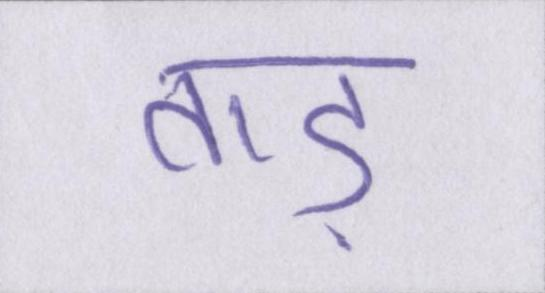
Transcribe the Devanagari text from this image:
ताड़